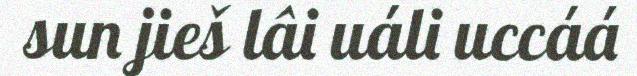
sun jieš lâi uáli uccáá